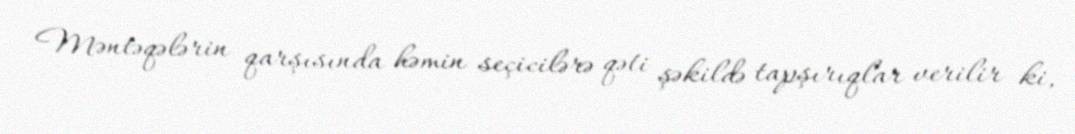
Məntəqələrin qarşısında həmin seçicilərə qəti şəkildə tapşırıqlar verilir ki,